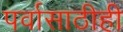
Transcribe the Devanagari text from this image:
पर्वासाठीही